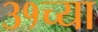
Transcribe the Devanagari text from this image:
३१च्या